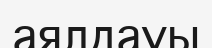
аялдауы